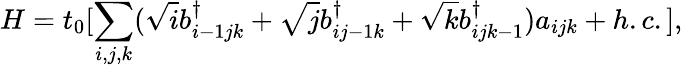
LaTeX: H=t_{0}[\sum_{i,j,k}(\sqrt{i}b_{i-1jk}^{\dagger}+\sqrt{j}b_{ij-1k}^{\dagger}+\sqrt{k}b_{ijk-1}^{\dagger})a_{ijk}+h.c.],